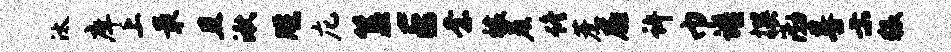
汰庠上最且湫牒庀簋E柰禳晨佟蔗扉许巾谱撰渤晷示猥